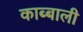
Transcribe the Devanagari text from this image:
काब्बाली